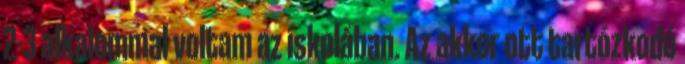
2-3 alkalommal voltam az iskolában. Az akkor ott tartózkodó